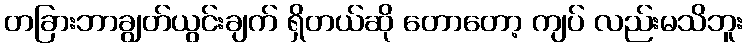
တခြားဘာချွတ်ယွင်းချက် ရှိတယ်ဆို တောတော့ ကျပ် လည်းမသိဘူး